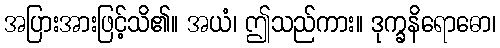
အပြားအားဖြင့်သိ၏။ အယံ၊ ဤသည်ကား။ ဒုက္ခနိရောဓော၊